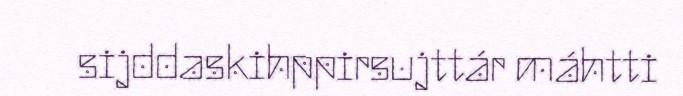
sijddaskihppirsujttár máhtti